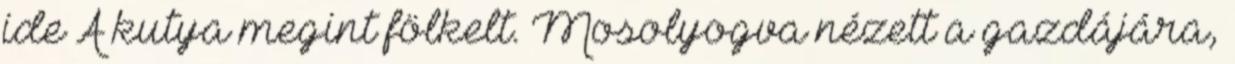
ide A kutya megint fölkelt. Mosolyogva nézett a gazdájára,